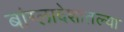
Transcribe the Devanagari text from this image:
बांग्लादेशातल्या